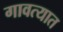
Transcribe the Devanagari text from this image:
गावत्यात